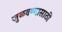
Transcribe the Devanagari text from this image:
जुळवण्यासाठी